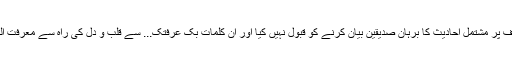
البتہ بعض نے ان معارف پر مشتمل احادیث کا برہان صدیقین بیان کرنے کو قبول نہیں کیا اور ان کلمات بِکَ عَرَفۡتُکَ... سے قلب و دل کی راہ سے معرفت الہی کا ہونا مراد لیا ہے۔